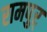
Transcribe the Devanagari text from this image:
रामपुर्